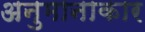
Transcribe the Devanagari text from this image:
अनुमानाकार